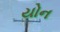
યોન